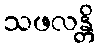
သဖလန္တိ